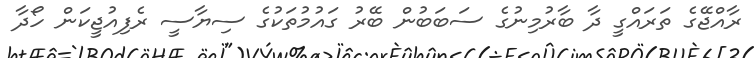
ރާއްޖޭގެ ތަރައްގީ ދާ ބާރުމިނުގެ ސަބަބުން ބޭރު ގައުމުތަކުގެ ސިޔާސީ ރެފިއުޖީކަން ހޯދާ